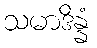
သမာဒိန္နံ